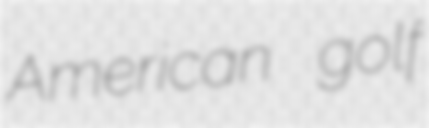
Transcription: American golf